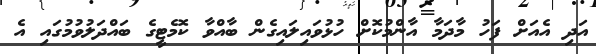
އަދި އެއަށް ފަހު މާދަމާ އާންމުކޮށް ހުޅުވައިލައިގެން ބާއްވާ ކޮމެޓީގެ ބައްދަލުވުމުގައި އެ